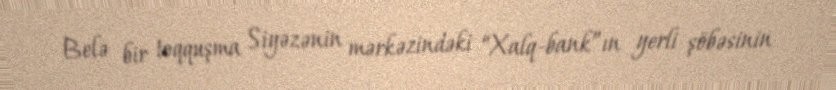
Belə bir toqquşma Siyəzənin mərkəzindəki “Xalq-bank”ın yerli şöbəsinin